Senior Leaving Certificate Examination (including Day School Certificate (Higher) General paper), 1948
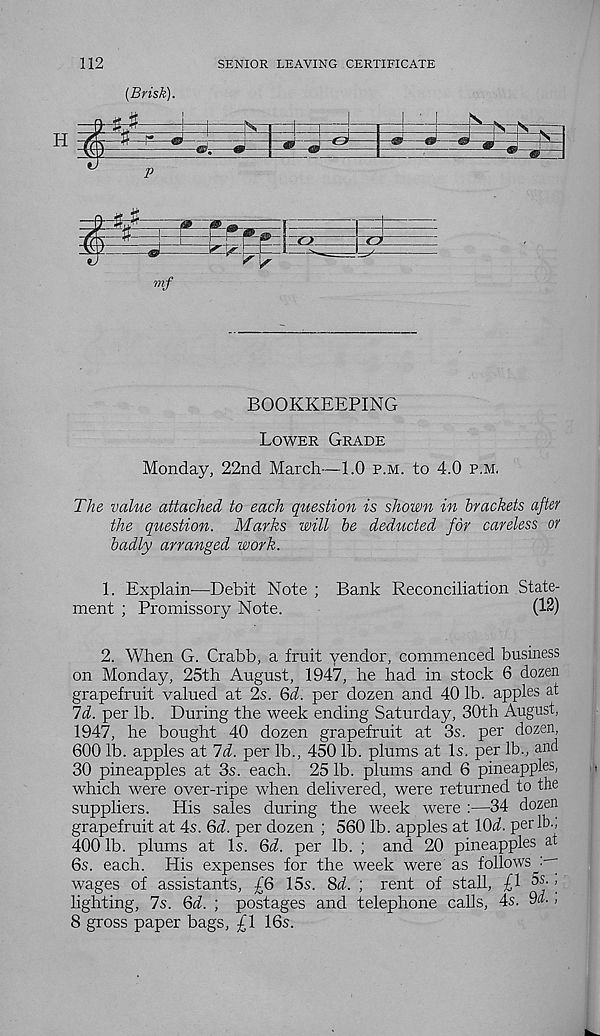
112
SENIOR LEAVING CERTIFICATE
[Brisk).
H
c?
p
■*#-
WSt- ~r?~
rj>
»'/
BOOKKEEPING
Lower Grade
Monday, 22nd March—1.0 p.m. to 4.0 p.m,
The value attached to each question is shown in brackets after
the question. Marks will be deducted for careless or
badly arranged work.
1. Explain—Debit Note ; Bank Reconciliation State-
ment ; Promissory Note.
(12)
2. When G. Crabb, a fruit vendor, commenced business
on Monday, 25th August, 1947, he had in stock 6 dozen
grapefruit valued at 2s. 6d. per dozen and 40 lb. apples at
Id. per lb. During the week ending Saturday, 30th August,
1947, he bought 40 dozen grapefruit at 3s. per dozen,
600 lb. apples at Id. per lb., 450 lb. plums at Is. per lb., and
30 pineapples at 3s. each. 25 lb. plums and 6 pineapples,
which were over-ripe when delivered, were returned to the
suppliers. His sales during the week were :—34 dozen
grapefruit at 4s. Qd. per dozen ; 560 lb. apples at 10^. per lb.,
400 lb. plums at Is. Qd. per lb. ; and 20 pineapples at
6s. each. His expenses for the week were as follows :-y
wages of assistants, fQ 15s. 8d. ; rent of stall, ff ^s-;
lighting, 7s. Qd. ; postages and telephone calls, 4s. 9»..
8 gross paper bags, £1 16s.